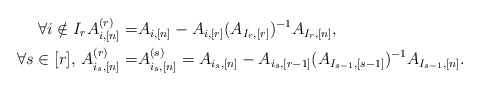
\begin{align*} \forall i \notin I_r A_{i,[n]}^{(r)} =& A_{i,[n]} - A_{i,[r]} (A_{I_r,[r]})^{-1} A_{I_r,[n]},\\\forall s \in [r],\, A_{i_s,[n]}^{(r)} =& A_{i_s,[n]}^{(s)} = A_{i_s,[n]}- A_{i_s,[r-1]} (A_{I_{s-1},[s-1]})^{-1} A_{I_{s-1},[n]}.\end{align*}